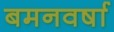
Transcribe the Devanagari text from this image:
बमनवर्षा